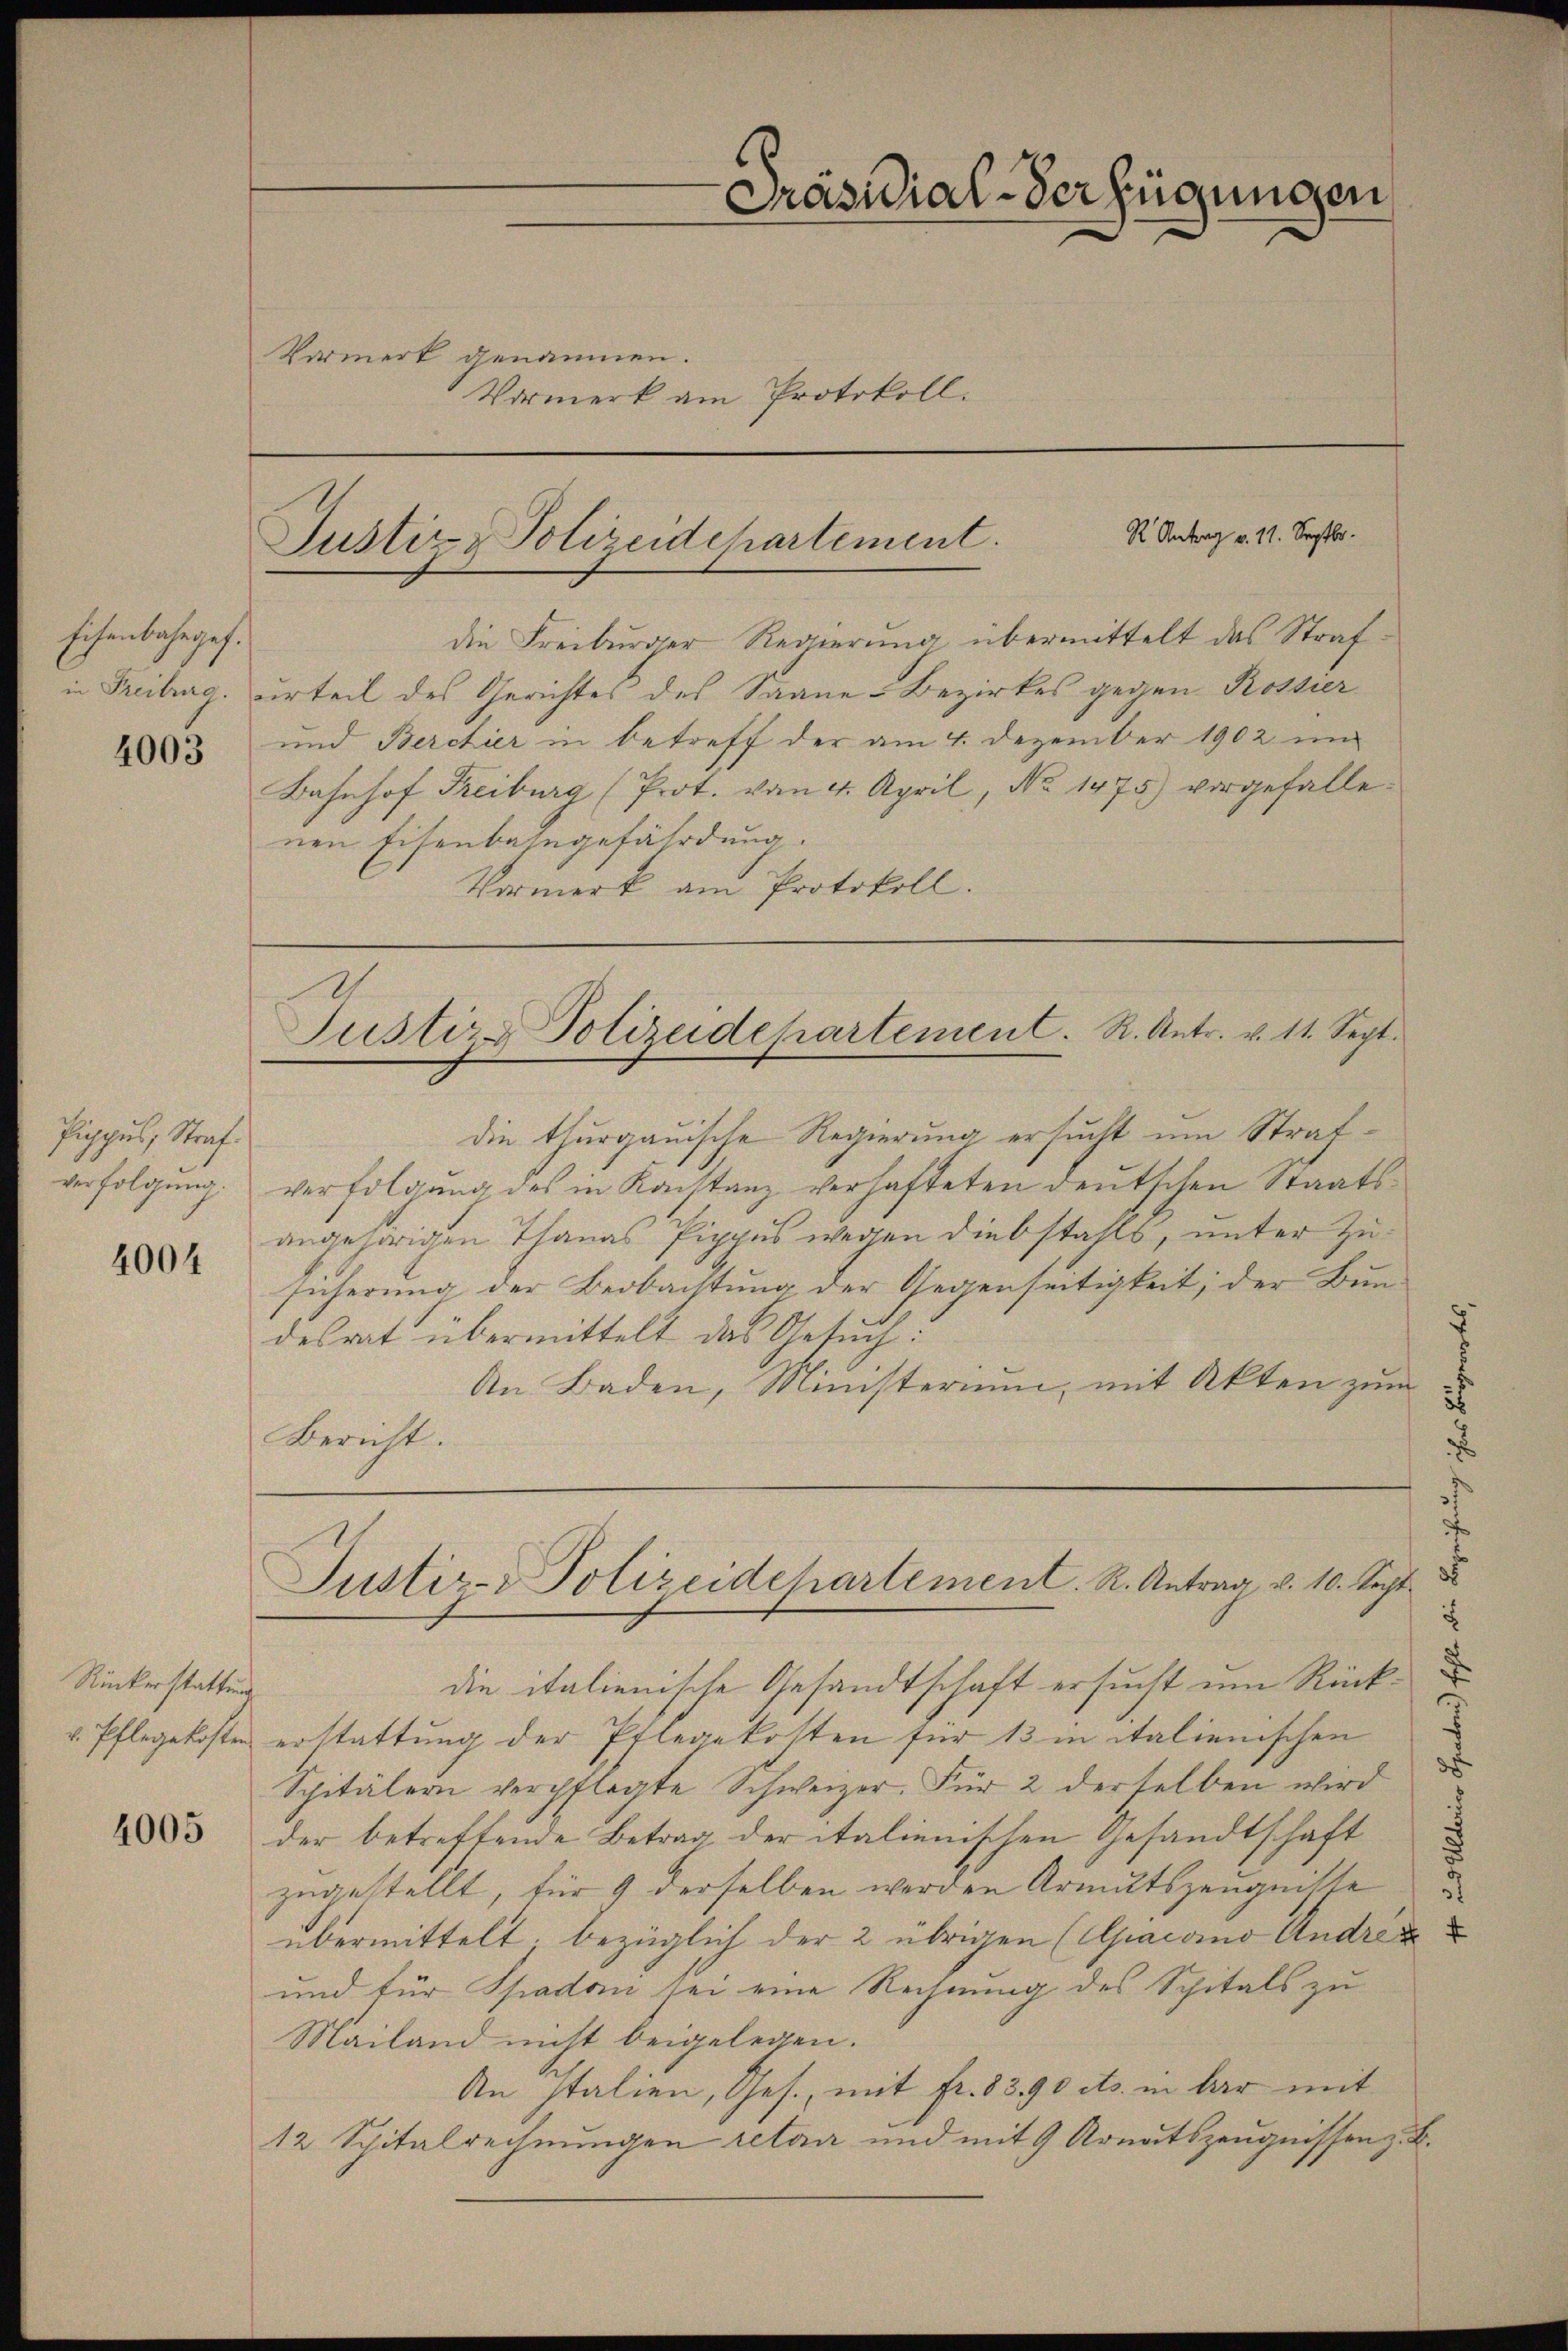
Eisenbahnges.
in Freiburg.

4003

Pippus, Straf.
verfolgung.

4004

Rückerstattung

4005

Vormerk genommen.

Präsidial-Verfügungen
Vormerk am Protokoll.

R Antrag v. 11. Septbr.
Justiz & Polizeidchartement.

die Freiburger Regierung übermittelt das Strafurteil des Gerichtes des Saane-Bezirkes gegen Rossier
und Berchier in betreff der am 4. Dezember 1902 im
Bahnhof Freiburg (Prot. von 4. April, No 1475) vorgefallenen Eisenbahngefährdung.
Vormerk am Protokoll.

die thurgauische Regierung ersucht um Strafverfolgung des in Konstanz verhafteten deutschen Staatsangehörigen Thanas Pippus wegen diebstahls, unter Zusicherung der Beobachtung der Gegenseitigkeit, der Bun-
desrat übermittelt das Gesŭch:
An Baden, Ministerium, mit Akten zum
Bericht.
.
die italienische Gesandtschaft ersucht um Rückv. Pflegekosten erstattung der Pflegekosten für 13 in italienischen
i
Spitälern verpflegte Schweizer. Für 2 derselben wird
der betreffende Betrag der italienischen Gesandtschaft
zugestellt, für 9 derselben werden Armutszeugnisse
übermittelt, bezüglich der 2 übrigen (Apacomo Andrec
und für Spadon sei eine Rechnung des Spitals zu
Mailand nicht beigelegen.
An Italien, Ges., mit fr. 8390 cts. in bar mit
12 Spitalrechnungen retar und mit 9 Arnatszeugnissen z. B.

Justiz-Polizeidepartement. R. Antr. v. 11. Sept.

Justiz- & Polizeidehartement. R. Antrag v. 10. Sept.